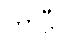
ကာဠီ